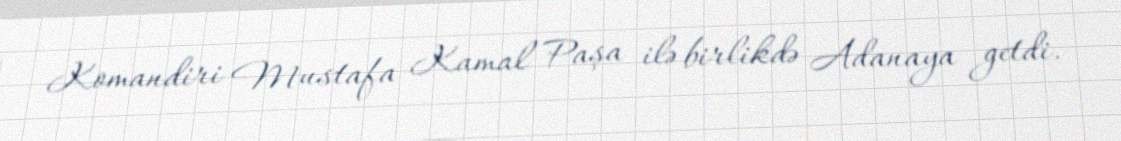
Komandiri Mustafa Kamal Paşa ilə birlikdə Adanaya getdi.